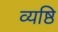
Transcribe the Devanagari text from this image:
व्यष्ठि